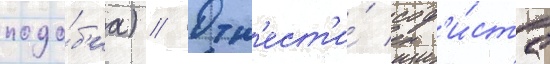
подо́б'иа) // Отн'ест'и́ соф'и́ста